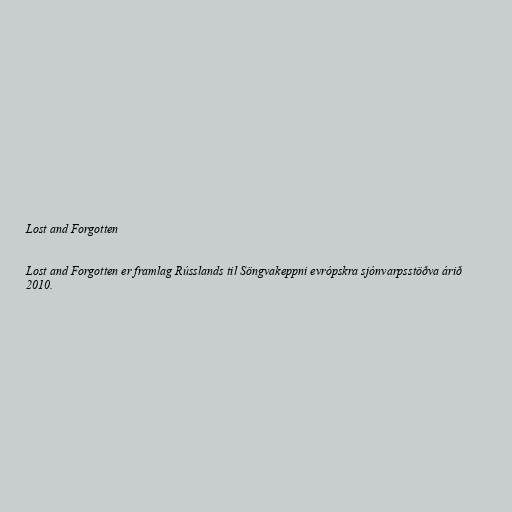
Lost and Forgotten

Lost and Forgotten er framlag Rússlands til Söngvakeppni evrópskra sjónvarpsstöðva árið
2010.